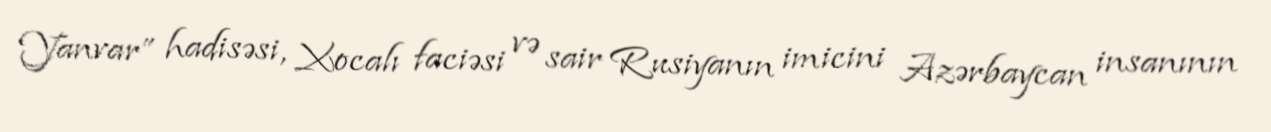
Yanvar” hadisəsi, Xocalı faciəsi və sair Rusiyanın imicini Azərbaycan insanının